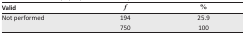
<table><thead><tr><td><b>Valid</b></td><td><b><i>f</i></b></td><td><b>%</b></td></tr></thead><tbody><tr><td>Not performed</td><td>194</td><td>25.9</td></tr><tr><td></td><td>750</td><td>100</td></tr></tbody></table>